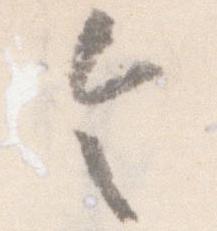
令